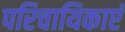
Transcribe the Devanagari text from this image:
परिचायिकाएं